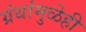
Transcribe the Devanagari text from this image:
ग्रंथांमुळेही